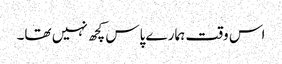
اس وقت ہمارے پاس کچھ نہیں تھا۔